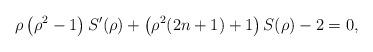
LaTeX: \begin{align*}\rho\left(\rho^{2}-1\right)S'(\rho)+\left(\rho^{2}(2n+1)+1\right) S(\rho)-2=0,\end{align*}